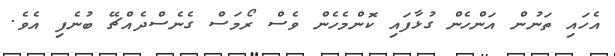
އެހައި ތަނުން އަންހެން ގުޅާފައި ކޮންމެހެން ވެސް ރޯމަސް ގެނެސްދެއްޗޭ ބުނެފި އެވެ.